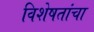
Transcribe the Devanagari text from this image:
विशेषतांचा